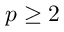
p \geq 2